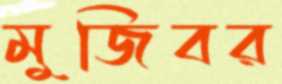
মুজিবর